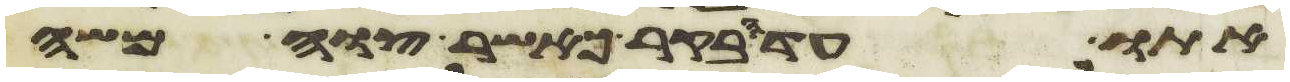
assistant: אתו עד הבקר כאשר צוה משה